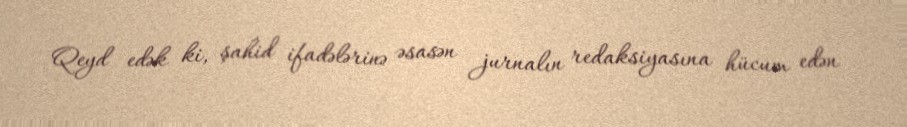
Qeyd edək ki, şahid ifadələrinə əsasən jurnalın redaksiyasına hücum edən